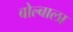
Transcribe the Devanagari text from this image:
बोल्बाला